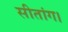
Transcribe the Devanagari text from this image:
सीतांग।